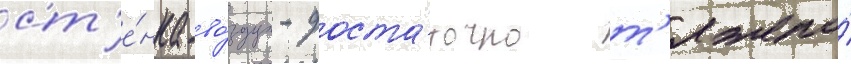
ст'е́нка-во́здух - доста́точно т'яжело́